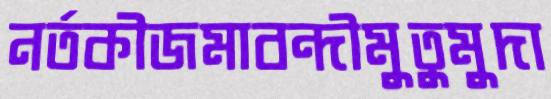
নর্তকীজমাবন্দীমুতুমুদা